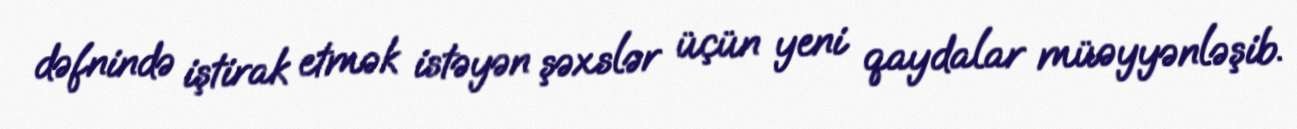
dəfnində iştirak etmək istəyən şəxslər üçün yeni qaydalar müəyyənləşib.